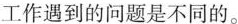
工作遇到的问题是不同的。